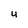
Character: u